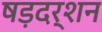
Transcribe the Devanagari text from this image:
षड़दर्शन